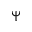
\Psi